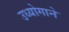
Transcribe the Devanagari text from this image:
उध्योगाने